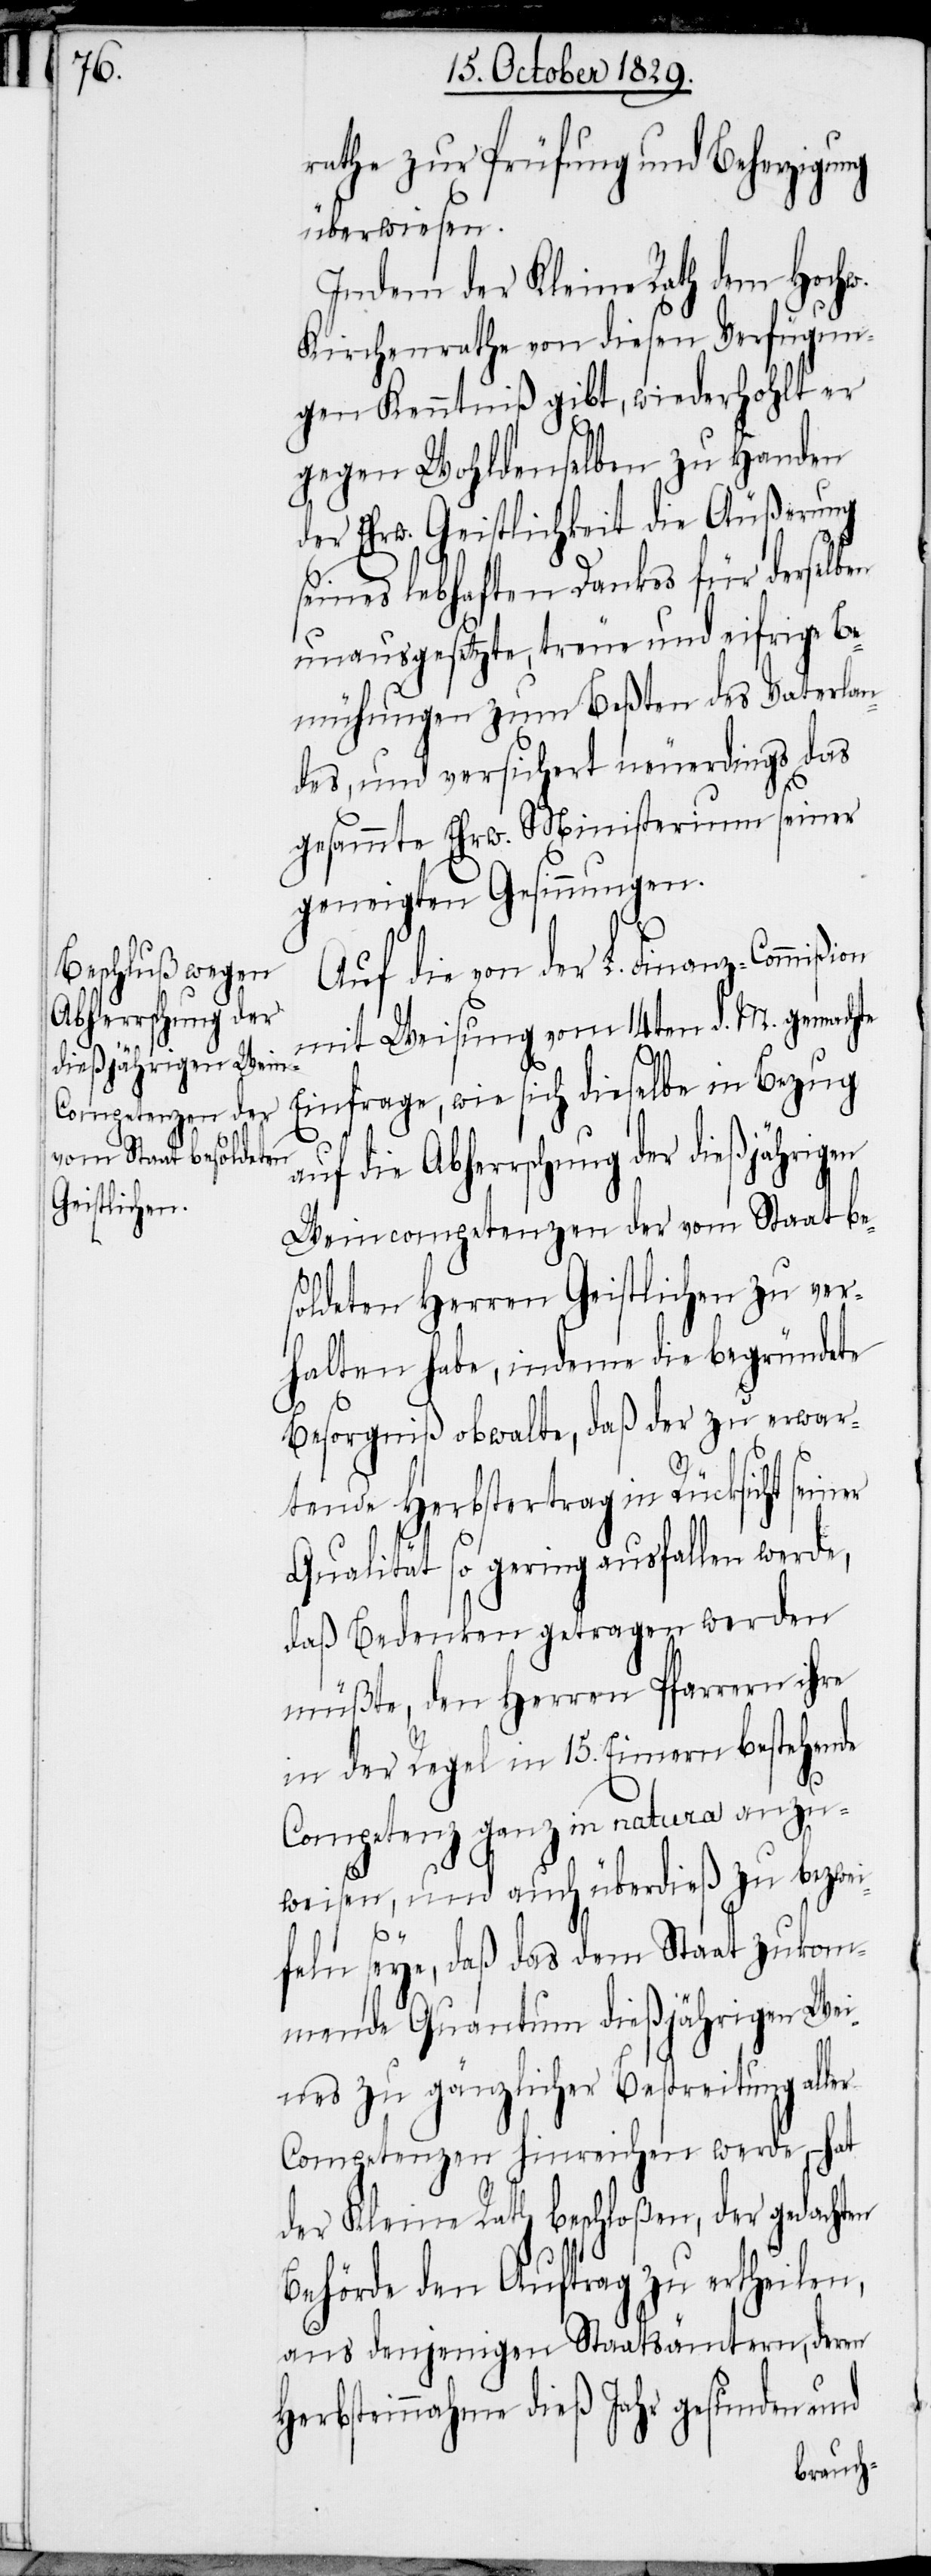
Abherrschung der
dießjährigen Wei¬

rathe zur Prüfung une Beherzigung
überwiesen.
Indem der Kleine Rath dem Hochw.
Kirchenrathe von diesen Verfügun¬
gen Kenntniß gibt, wiederhohlt er
gegen Wohldenselben zu Handen
der Ehrw. Geistlichkeit die Äußerung
seines lebhaften Dankes für derselben
unausgesetzte, treue und eifrige Be¬
mühungen zum Beßten des Vaterlan¬
des, und versichert neuerdings das
gesammte Ehrw. Ministerium seiner
geneigten Gesinnungen.
Auf die von der L. Finanz-Commißion
mit Weisung vom 14ten d. M. gemachte
Einfrage, wie sich dieselbe in Bezug
ncompetenzen der vom Staat be¬
soldeten Herren Geistlichen zu ver¬
halten habe, indeme die begründete
Besorgniß obwalte, daß der zu erwar¬
tende Herbstertrag in Rücksicht sei¬
Qualität so gering ausfallen werde,
daß Bedenken getragen werden
müßte, den Herren Pfarrern ihre
in der Regel in 15. Eimern bestehende
Competenz ganz in natura anzu¬
en
weisen, und auch überdieß zu bezwei¬
feln seye, daß das dem Staat zukom¬
mende Quantum dießjährigen Wei¬
nes zu gänzlicher Bestreitung aller
Competenzen hinreichen werde, – hat
der Kleine Rath beschloßen, der gedacht¬
Behörde den Auftrag zu ertheilen,
aus denjenigen Staatsämtern, deren
Herbsteinnahme dieß Jahr gesunden und